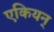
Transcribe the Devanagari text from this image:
एकियन्